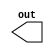
`timescale 1ms/1ps

module clock (output reg out);

    reg i;

    initial begin
        out <= 1;
        for (i=0; i<10; i=i+1) begin
            #5 out <= ~out;
        end
    end
endmodule